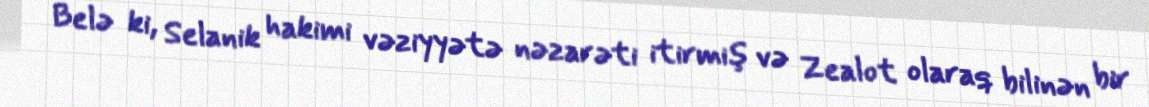
Belə ki, Selanik hakimi vəziyyətə nəzarəti itirmiş və Zealot olaraq bilinən bir